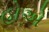
હોએ